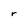
Character: r